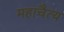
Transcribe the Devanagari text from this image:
महाचैत्य